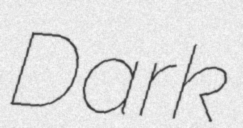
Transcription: Dark